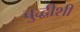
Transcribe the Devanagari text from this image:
बुद्धीशी